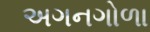
અગનગોળા